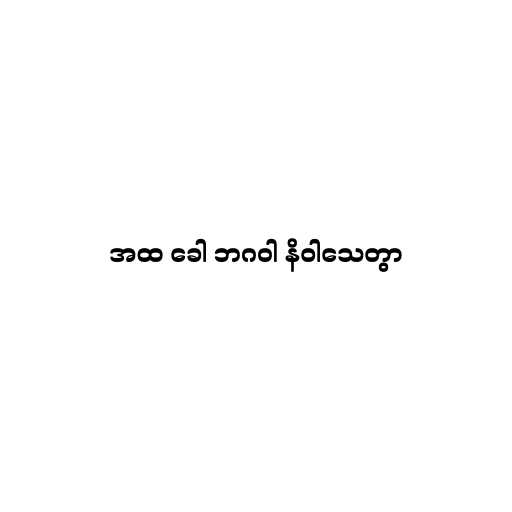
အထ ခေါ ဘဂဝါ နိဝါသေတွာ